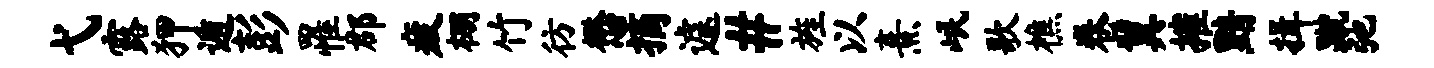
弋露狎遁彭罹郡疲棚竹彷懋摘遽#旌以熹岷歌樵卷翼摧黯揖蹴弛